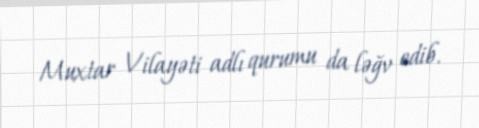
Muxtar Vilayəti adlı qurumu da ləğv edib.